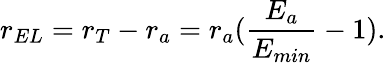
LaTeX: r_{EL}=r_{T}-r_{a}=r_{a}(\frac{E_{a}}{E_{min}}-1).